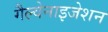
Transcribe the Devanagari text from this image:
गैल्वेनाइजेशन